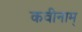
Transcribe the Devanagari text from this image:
कवीनाम्